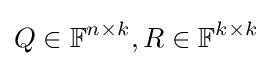
Q\in \mathbb {F} ^{n\times k},R\in \mathbb {F} ^{k\times k}